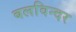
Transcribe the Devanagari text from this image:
बलविन्दर